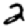
Digit: 2